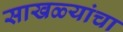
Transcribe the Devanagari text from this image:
साखळ्यांचा